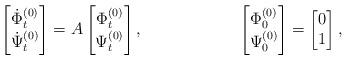
LaTeX: \begin{align*}\begin{bmatrix} \dot{\Phi}^{(0)}_t \\ \dot{\Psi}^{(0)}_t \end{bmatrix} &=A \begin{bmatrix} \Phi^{(0)}_t \\ \Psi^{(0)}_t \end{bmatrix}, &\begin{bmatrix} \Phi^{(0)}_0 \\ \Psi^{(0)}_0 \end{bmatrix} &=\begin{bmatrix} 0 \\ 1 \end{bmatrix},\end{align*}